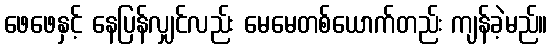
ဖေဖေနှင့် နေပြန်လျှင်လည်း မေမေတစ်ယောက်တည်း ကျန်ခဲ့မည်။